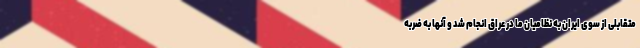
متقابلی از سوی ایران به نظامیان ما در عراق انجام شد و آنها به ضربه